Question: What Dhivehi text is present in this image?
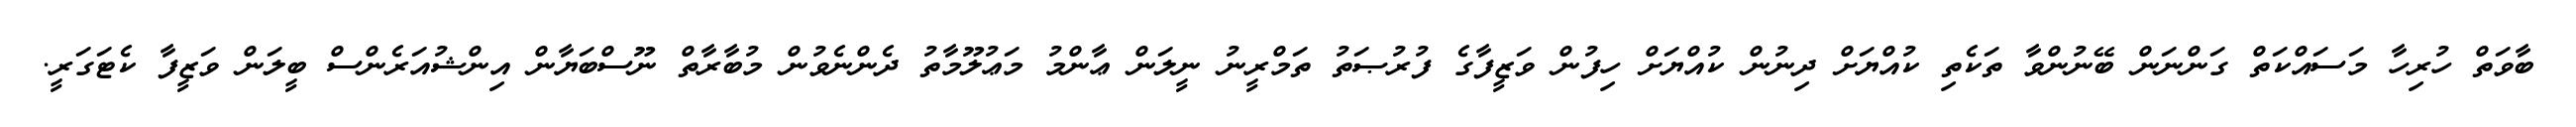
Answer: ބާވަތް ހުރިހާ މަސައްކަތް ގަންނަން ބޭނުންވާ ތަކެތި ކުއްޔަށް ދިނުން ކުއްޔަށް ހިފުން ވަޒީފާގެ ފުރުޞަތު ތަމްރީނު ނީލަން ޢާންމު މަޢުލޫމާތު ދެންނެވުން މުބާރާތް ނޫސްބަޔާން އިންޝުއަރެންސް ބީލަން ވަޒީފާ ކެޓަގަރީ.